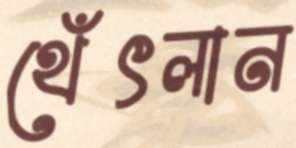
থেঁৎলান